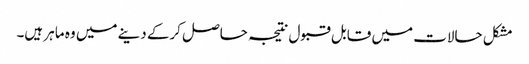
مشکل حالات میں قابل قبول نتیجہ حاصل کرکے دینے میں وہ ماہر ہیں۔